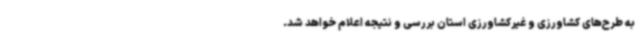
به طرح‌های کشاورزی و غیرکشاورزی استان بررسی و نتیجه اعلام خواهد شد.